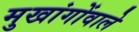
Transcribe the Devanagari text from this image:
मुखांगोंवाले